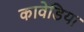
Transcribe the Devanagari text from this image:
कावेडिया